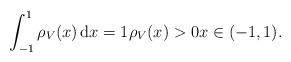
LaTeX: \begin{align*} \int^{1}_{-1}\rho_V(x)\, \mathrm dx=1 \rho_V(x)>0 x\in(-1,1). \end{align*}